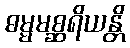
ဓမ္မမစ္ဆရိယန္တိ